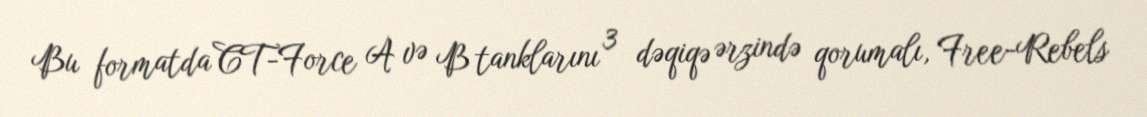
Bu formatda CT-Force A və B tanklarını 3 dəqiqə ərzində qorumalı, Free-Rebels